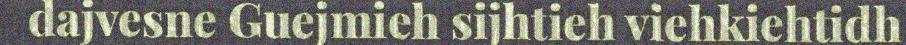
dajvesne Guejmieh sijhtieh viehkiehtidh